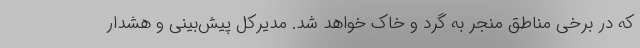
که در برخی مناطق منجر به گرد و خاک خواهد شد. مدیرکل پیش‌بینی و هشدار